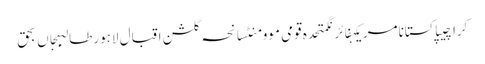
کراچیپاکستانامریکہفائرنگمتحدہ قومی موومنٹسانحہ گلشن اقبال لاہورطالبہجاں بحق